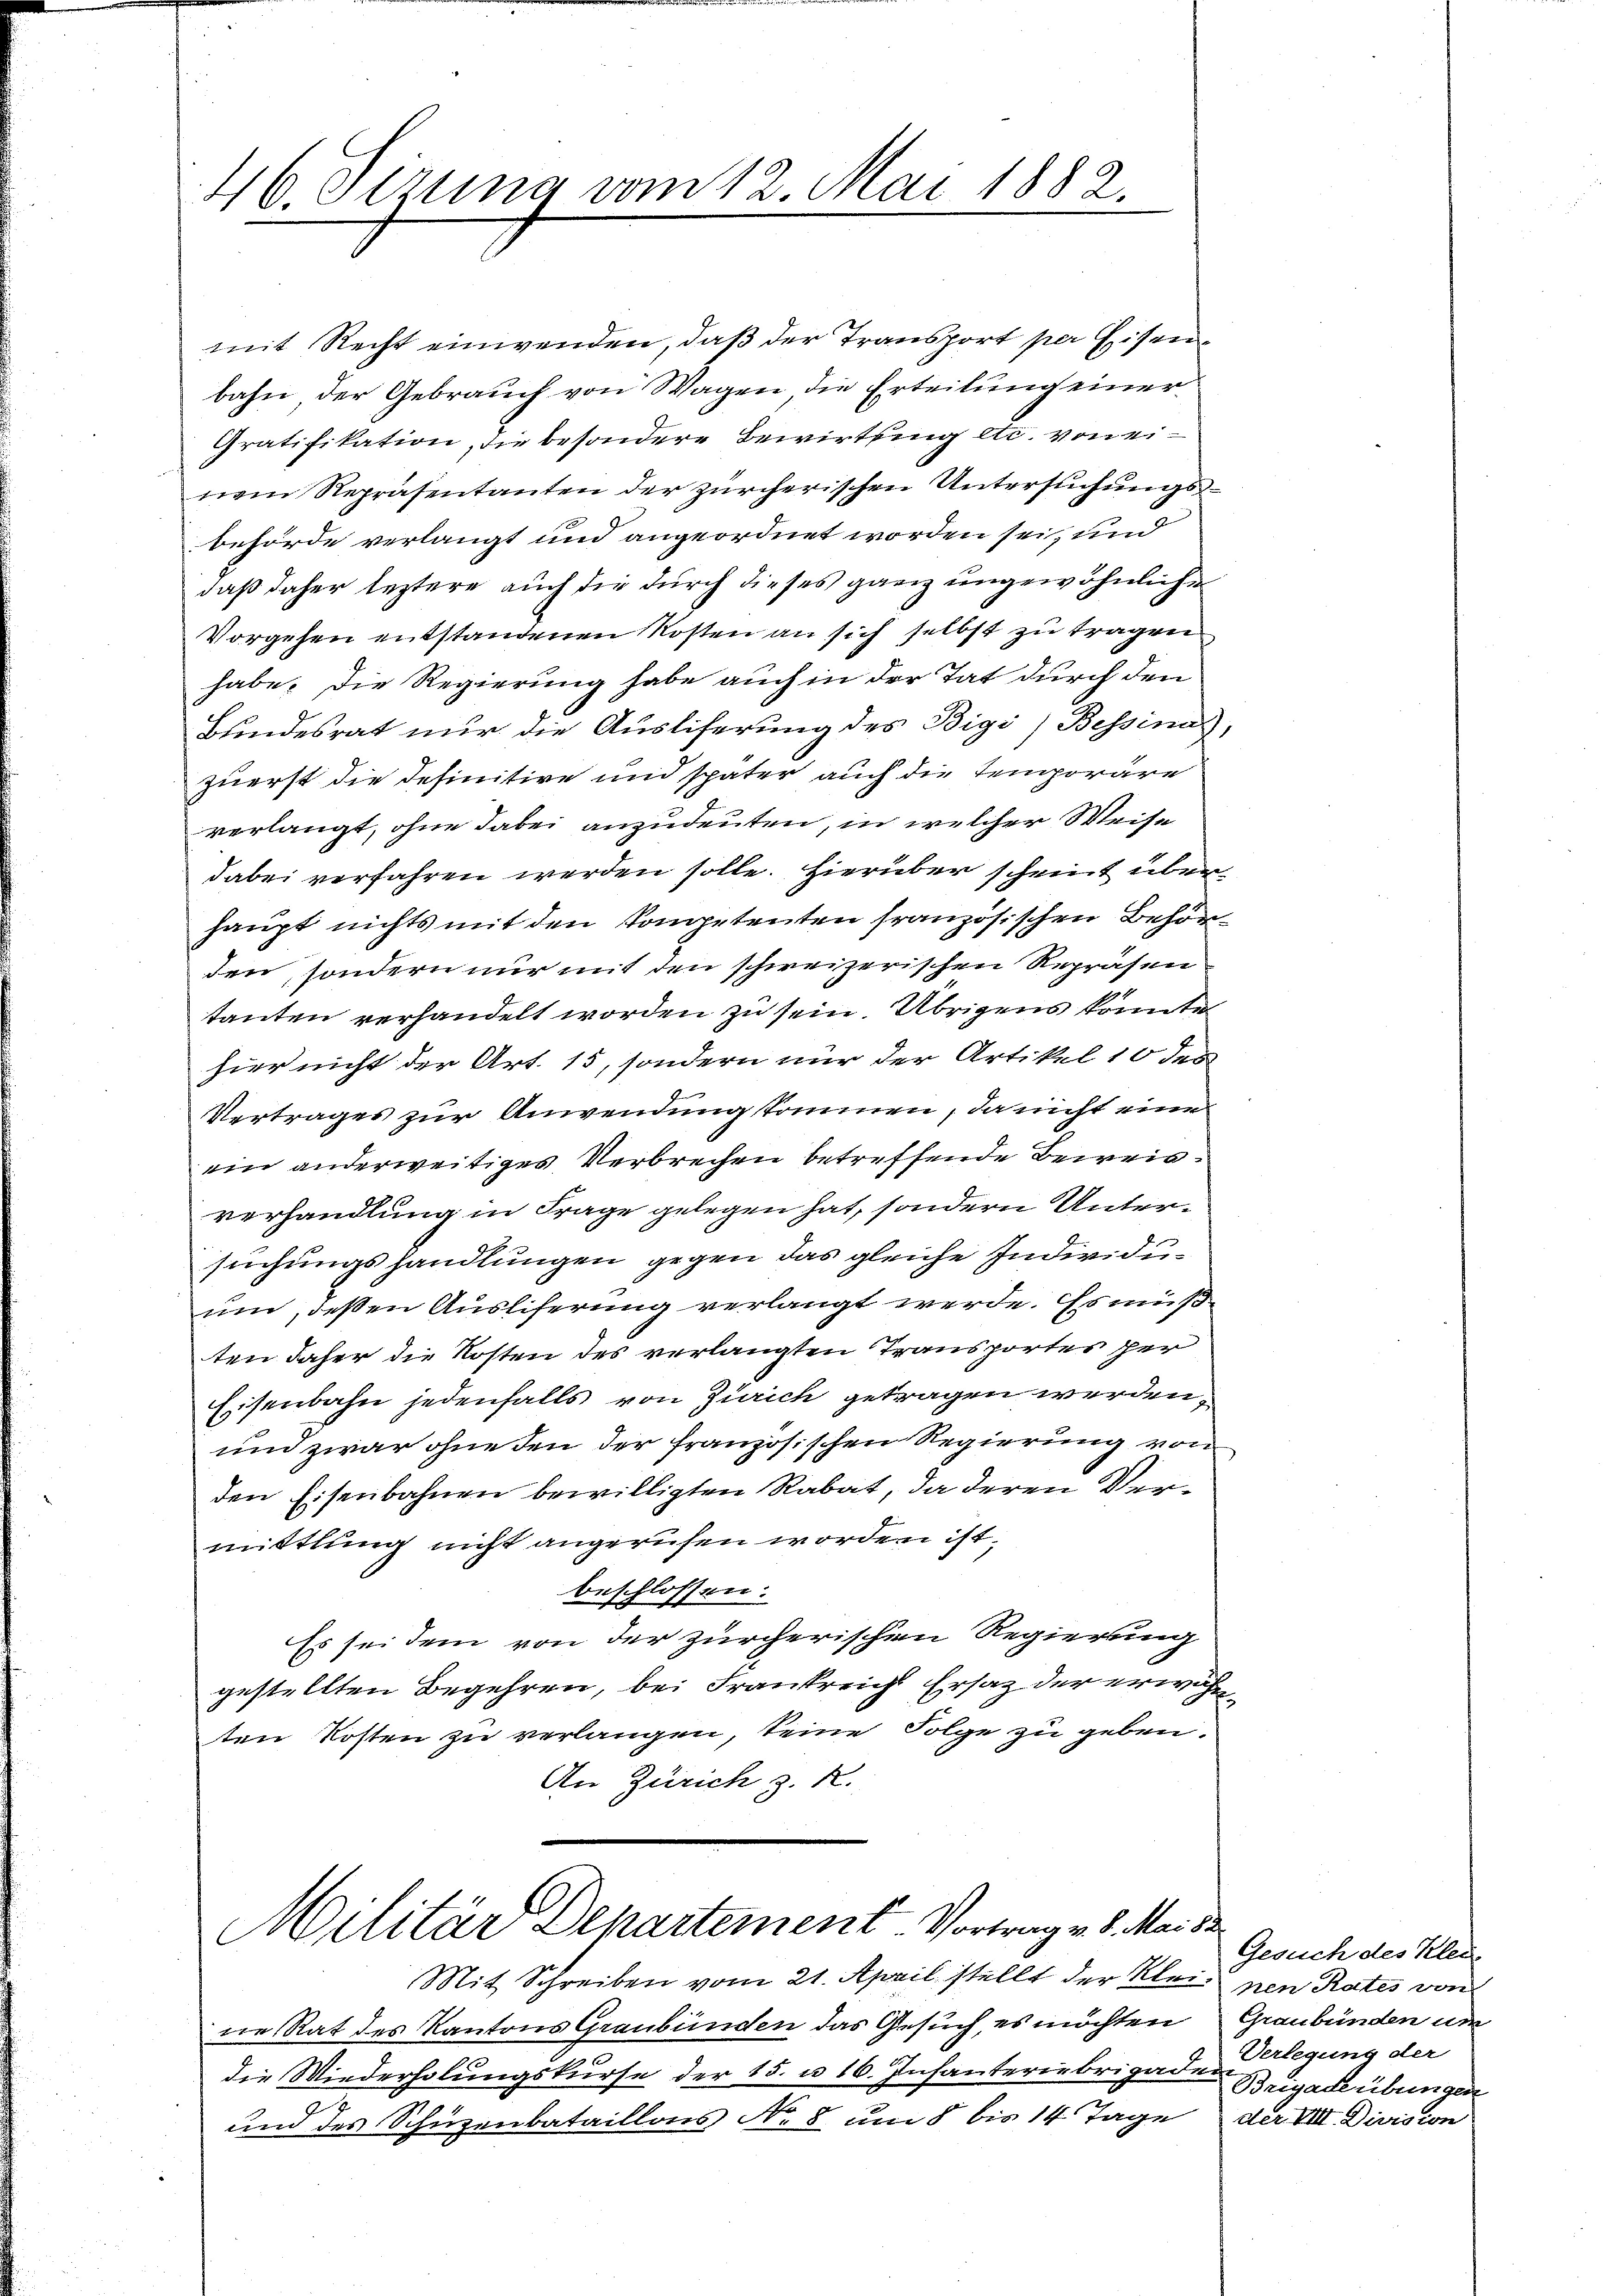
46. Sirung vom 12. Mai 1882.

mit Recht einwenden, daß der Transport per Eisenbahn der Gebrauch von Wagen die Erteilung einer
Gratifikation, die besondere Bewirtung etc. von einem Repräsentanten der zürcherischen Untersuchungs-
behörde verlangt und angeordnet worden sei, und
daß daher leztere auch die durch dieses ganz ungewöhnliche
Vorgehen entstandenen Kosten an sich selbst zu tragen
habe. Die Regierung habe auch in der Tat durch den
Bundesrat nur die Ausliferung des Bigi) Bessinas,
zuerst die definitive und später auch die temporäre
verlangt, ohne dabei anzudeuten, in welcher Weise
dabei verfahren werden solle. Hierüber scheint überhaupt nichts mit den Kompetenten französischen Behörden, sondern nur mit den schweizerischen Repräsen
tanten verhandelt worden zu sein. Übrigens könnte
hier nicht der Art. 15, sondern nur der Artikel 10 des
Vertrages zur Anwendungskommen, da nicht eine
ein anderweitiges Verbrechen betreffende Beweisverhandlung in Frage gelegen hat, sondern Untersuchungshandlungen gegen das gleiche Individuum, deßen Ausliferung verlangt werde. Es müßten daher die Kosten des verlangten Transportes her
Eisenbahn jedenfalls von Zürich getragen werden,
und zwar ohne den der französischen Regierung von
den Eisenbahnen bewilligten Rabat, da deren Vermittlung nicht angerufen worden ist,
beschlossen:
Es sei dem von der zürcherischen Regierung
gestellten Begehren, bei Frankreich Ersatz der erwähnten Kosten zu verlangen, seine Folge zu geben.
An Zürich z. R.
Militär Departement. Vortrag v. 8. Mai de
Mit Schreiben vom 21. April stellt der Kleine Rat des Kantons Graubünden das Gesuch, es möchten Graubünden um
die Wiederholungskurse der 15. u 16. Infanteriebrigaden Verlegung der
und des Schüzenbataillons No 8 um 8 bis 14 Tage der VIII. Division

Geruch der Klei
nen Rates von
Brigadeübungen